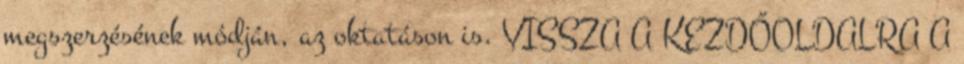
megszerzésének módján, az oktatáson is. VISSZA A KEZDŐOLDALRA A